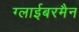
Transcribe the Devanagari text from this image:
ग्लाईबरमैन